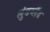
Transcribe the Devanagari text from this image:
लुंडब्लैंड